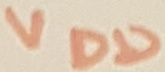
Text: VDD